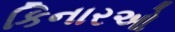
કિનારઓ